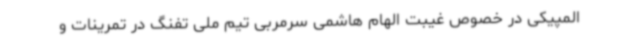
المپیکی در خصوص غیبت الهام هاشمی سرمربی تیم ملی تفنگ در تمرینات و